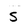
Character: S